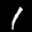
Label: 1